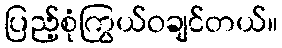
ပြည့်စုံကြွယ်ဝချင်တယ်။